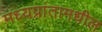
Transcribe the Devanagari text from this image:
मध्यप्रांतामधील